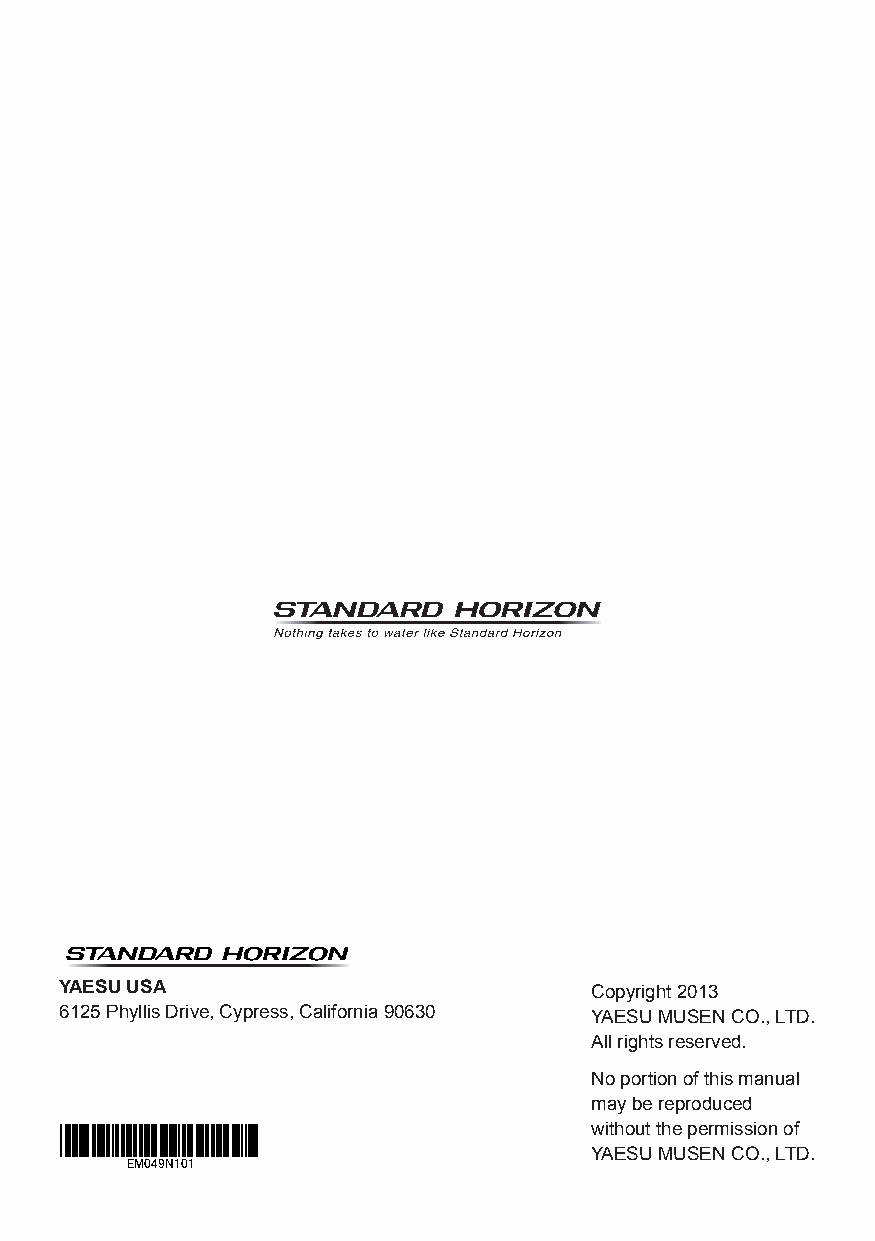
YAESU USA                          Copyright 2013
 6125 Phyllis Drive, Cypress, California 90630 YAESU MUSEN CO., LTD.
 All rights reserved.
 No portion of this manual
 may be reproduced
 without the permission of
 YAESU MUSEN CO., LTD.
 EM049N101
 Page 48                                    HX300